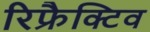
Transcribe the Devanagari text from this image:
रिफ्रैक्टिव